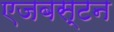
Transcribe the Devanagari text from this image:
एजबस्टन